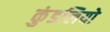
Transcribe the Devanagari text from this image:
कुंडलियो